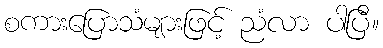
စကားပြောသံများဖြင့် ညံလာ ပါပြီ။